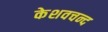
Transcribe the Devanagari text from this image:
केशवचन्द